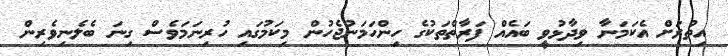
އިތުރަށް އެކަމަނާ ވިދާޅުވީ ބައެއް ފަރާތްތަކުގެ ހިންހަމަނުޖެހުން މިކަމުގައި ހުރިނަމަވެސް ގިނަ ބެލެނިވެރިން